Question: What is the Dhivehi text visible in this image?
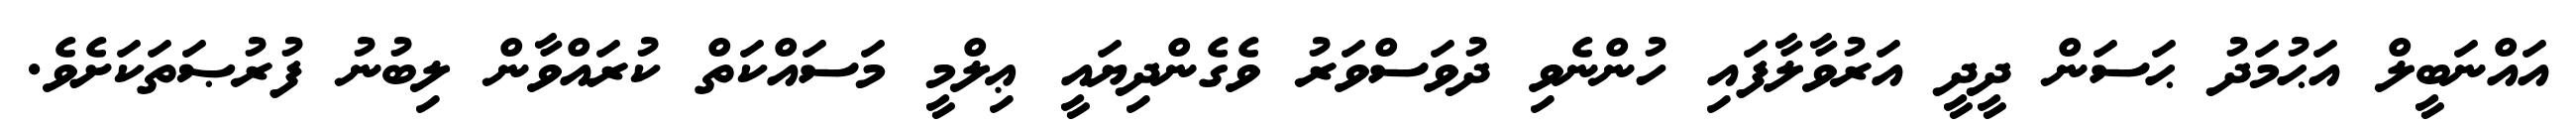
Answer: އައްނަބީލް އަޙުމަދު ޙަސަން ދީދީ އަރުވާލާފައި ހުންނެވި ދުވަސްވަރު ވެގެންދިޔައީ ޢިލްމީ މަސައްކަތް ކުރައްވާން ލިބުނު ފުރުޞަތަކަށެވެ.